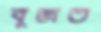
বুজত